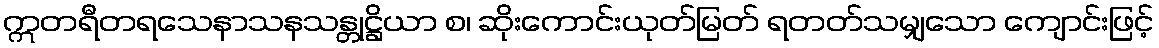
ဣတရီတရသေနာသနသန္တုဋ္ဌိယာ စ၊ ဆိုးကောင်းယုတ်မြတ် ရတတ်သမျှသော ကျောင်းဖြင့်